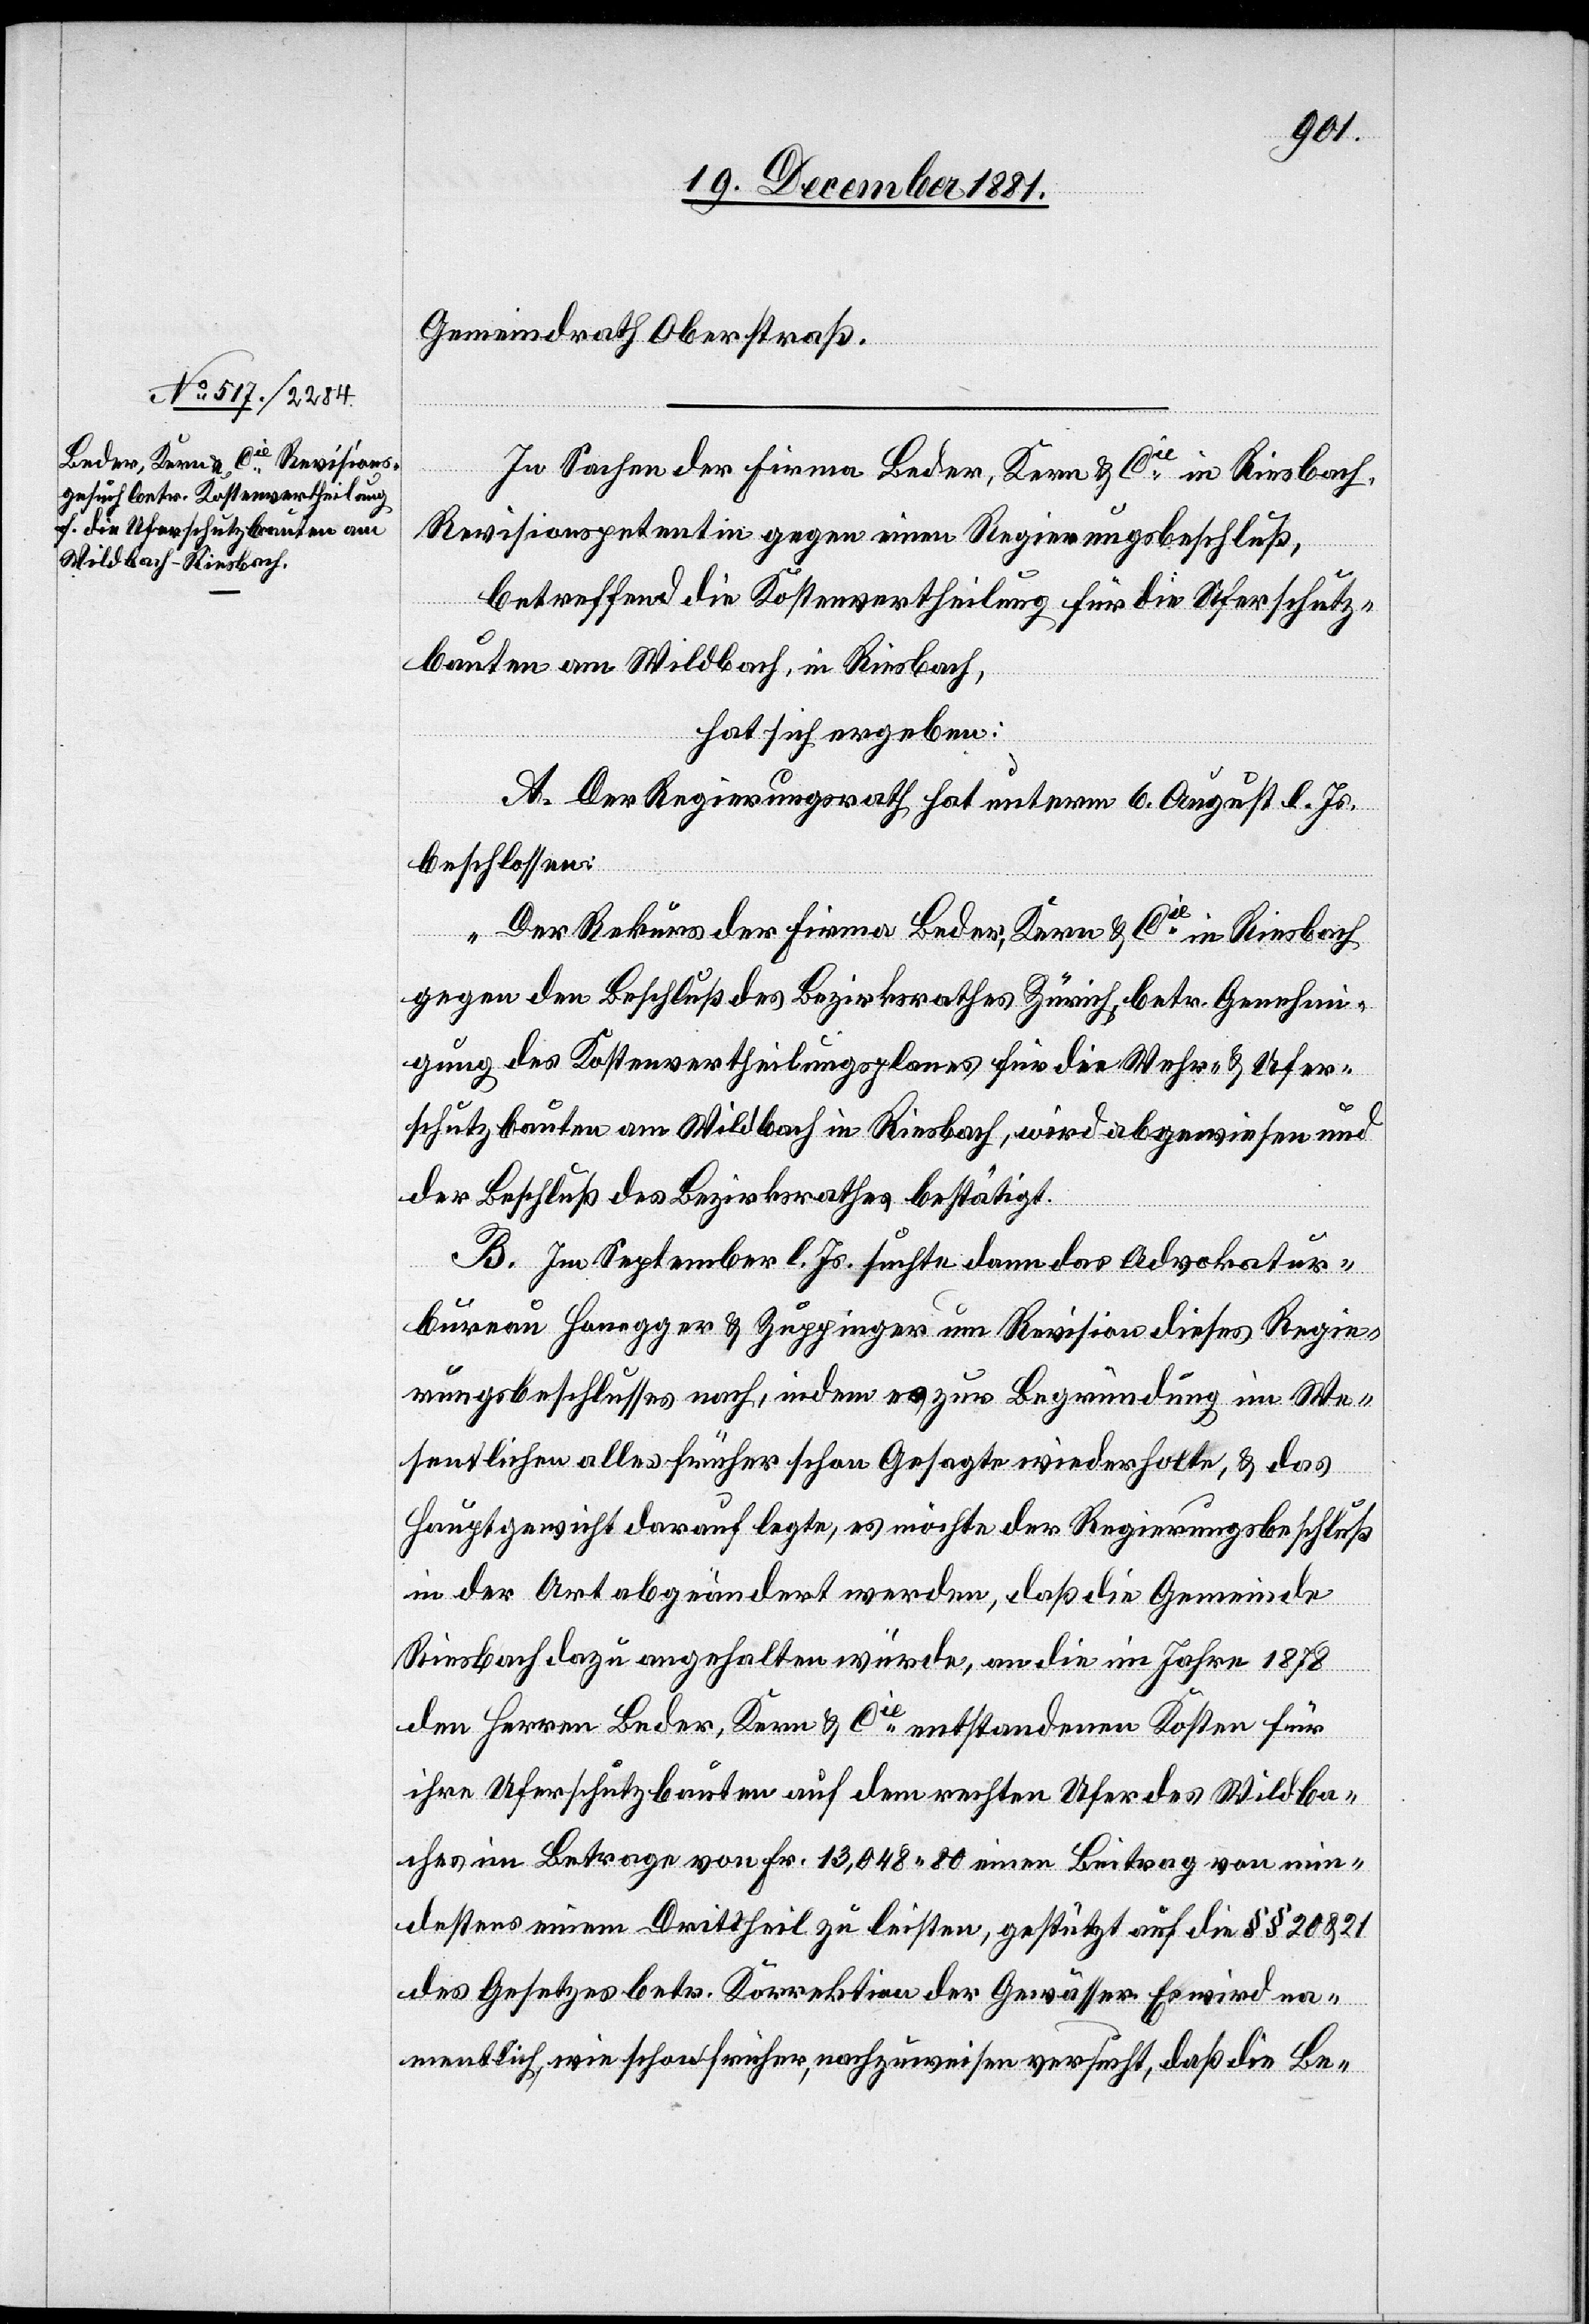
Gemeindrath Oberstraß.
In Sachen der Firma Beder, Kern & Cie in Riesbach,
Revisionspetentin gegen einen Regierungsbeschluß,
betreffend die Kostenvertheilung für die Uferschutz¬
bauten am Wildbach, in Riesbach,
hat sich ergeben:
A. Der Regierungsrath hat unterm 6. August l. Js.
beschlossen:
„Der Rekurs der Firma Beder, Kern & Cie in Riesbach
gegen den Beschluß des Bezirksrathes Zürich, betr. Genehmi¬
gung des Kostenvertheilungsplanes für die Wehr- & Ufer¬
schutzbauten am Wildbach in Riesbach, wird abgewiesen und
der Beschluß des Bezirksrathes bestätigt.
B. Im September l. Js. suchte dann das Advokatur¬
bureau Honegger & Zuppinger um Revision dieses Regie¬
rungsbeschlusses nach, indem es zur Begründung im We¬
sentlichen alles früher schon Gesagte wiederholte, & das
Hauptgewicht darauf legte, es möchte der Regierungsbeschluß
in der Art abgeändert werden, daß die Gemeinde
Riesbach dazu angehalten würde, an die im Jahre 1878
den Herren Beder, Kern & Cie entstandenen Kosten für
ihre Uferschutzbauten auf dem rechten Ufer des Wildba¬
ches im Betrage von Fr. 13,048 80 einen Beitrag von min¬
destens einem Drittheil zu leisten, gestützt auf die §§ 20 & 21
des Gesetzes betr. Korrektion der Gewässer. Es wird na¬
mentlich, wie schon früher, nachzuweisen versucht, daß die Be-